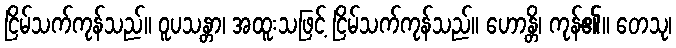
ငြိမ်သက်ကုန်သည်။ ဝူပသန္တာ၊ အထူးသဖြင့် ငြိမ်သက်ကုန်သည်။ ဟောန္တိ၊ ကုန်၏။ တေသု၊